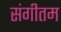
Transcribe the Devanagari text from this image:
संगीतम